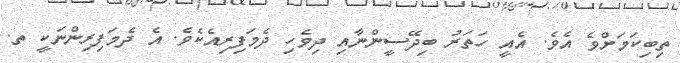
ތިބިކަމަށްވެ އެވެ. އެއީ ހަތަރު ބިދޭސީންނާއި ދިވެހި ދެމަފިރިއެކެވެ. އެ ދެމަފިރިންނަކީ ތ.